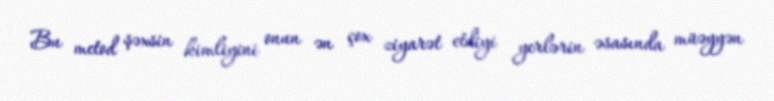
Bu metod şəxsin kimliyini onun ən çox ziyarət etdiyi yerlərin əsasında müəyyən